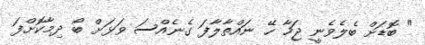
" ބޮޑަށް ބެލެވެނީ ޖަހާ ހޭ ނައްތާލާފަ ގެނެއްސަ ވަޅަށް ބޯ ދިމާކޮށްފަ